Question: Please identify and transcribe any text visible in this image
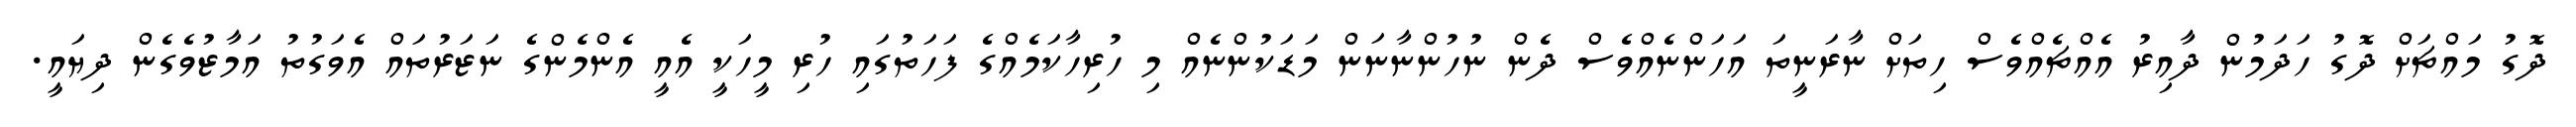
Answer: ދޮގު މައްޗަށް ދޮގު ހަދަމުން ދާއިރު އެއްޗެއްވެސް ހިތަށް ނާރަނީތަ އަހަންނެއްވެސް ދެން ނުހުންނާނަން މަޑަކުންނެއް މި ހުރިހާކަމެއްގެ ފަހަތުގައި ހުރި މީހަކީ އެއީ އެންމެންގެ ނަޒަރުތައް އެވަގުތު އަމާޒުވެގެން ދިޔައީ.